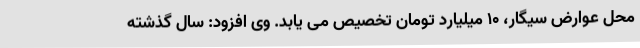
محل عوارض سیگار، 10 میلیارد تومان تخصیص می یابد. وی افزود: سال گذشته